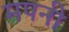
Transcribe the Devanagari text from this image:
मपनी